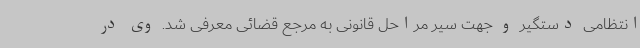
انتظامی دستگیر و جهت سیر مراحل قانونی به مرجع قضائی معرفی شد. وی در